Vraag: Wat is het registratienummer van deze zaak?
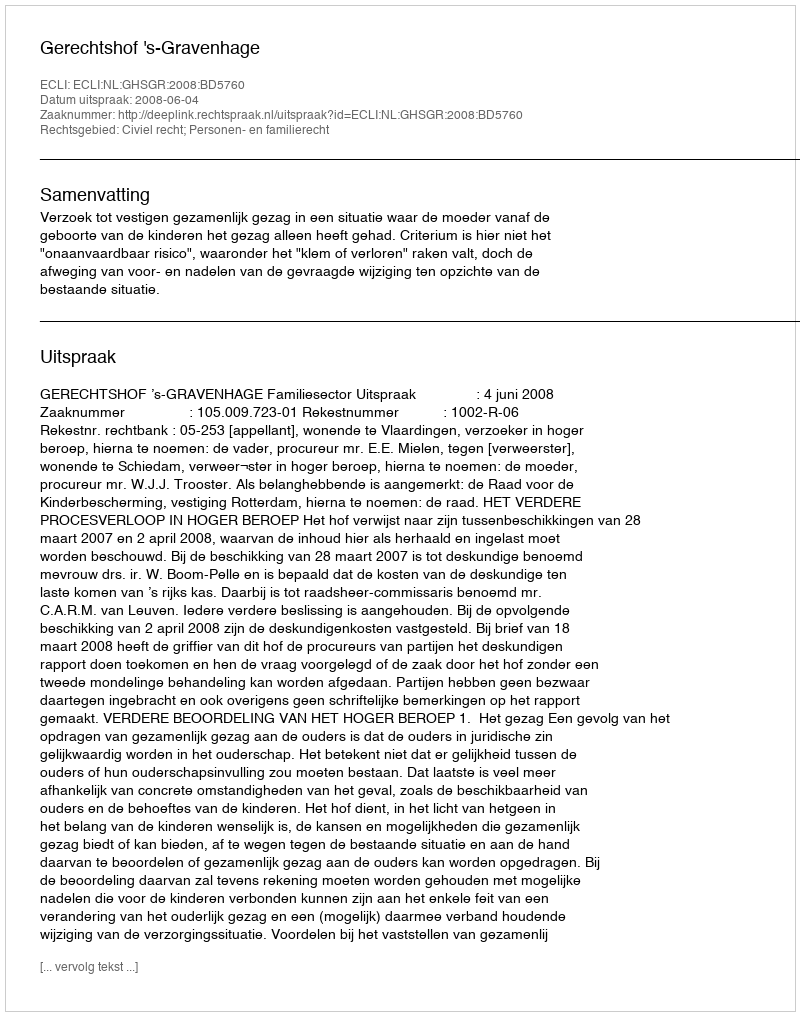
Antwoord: http://deeplink.rechtspraak.nl/uitspraak?id=ECLI:NL:GHSGR:2008:BD5760